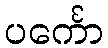
ပင်္ကော